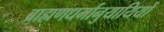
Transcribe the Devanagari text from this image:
ब्राह्मणधर्मानुयायियों